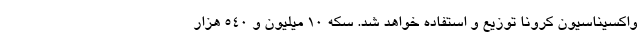
واکسیناسیون کرونا توزیع و استفاده خواهد شد. سکه ۱۰ میلیون و ۵۴۰ هزار